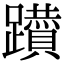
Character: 𨇇